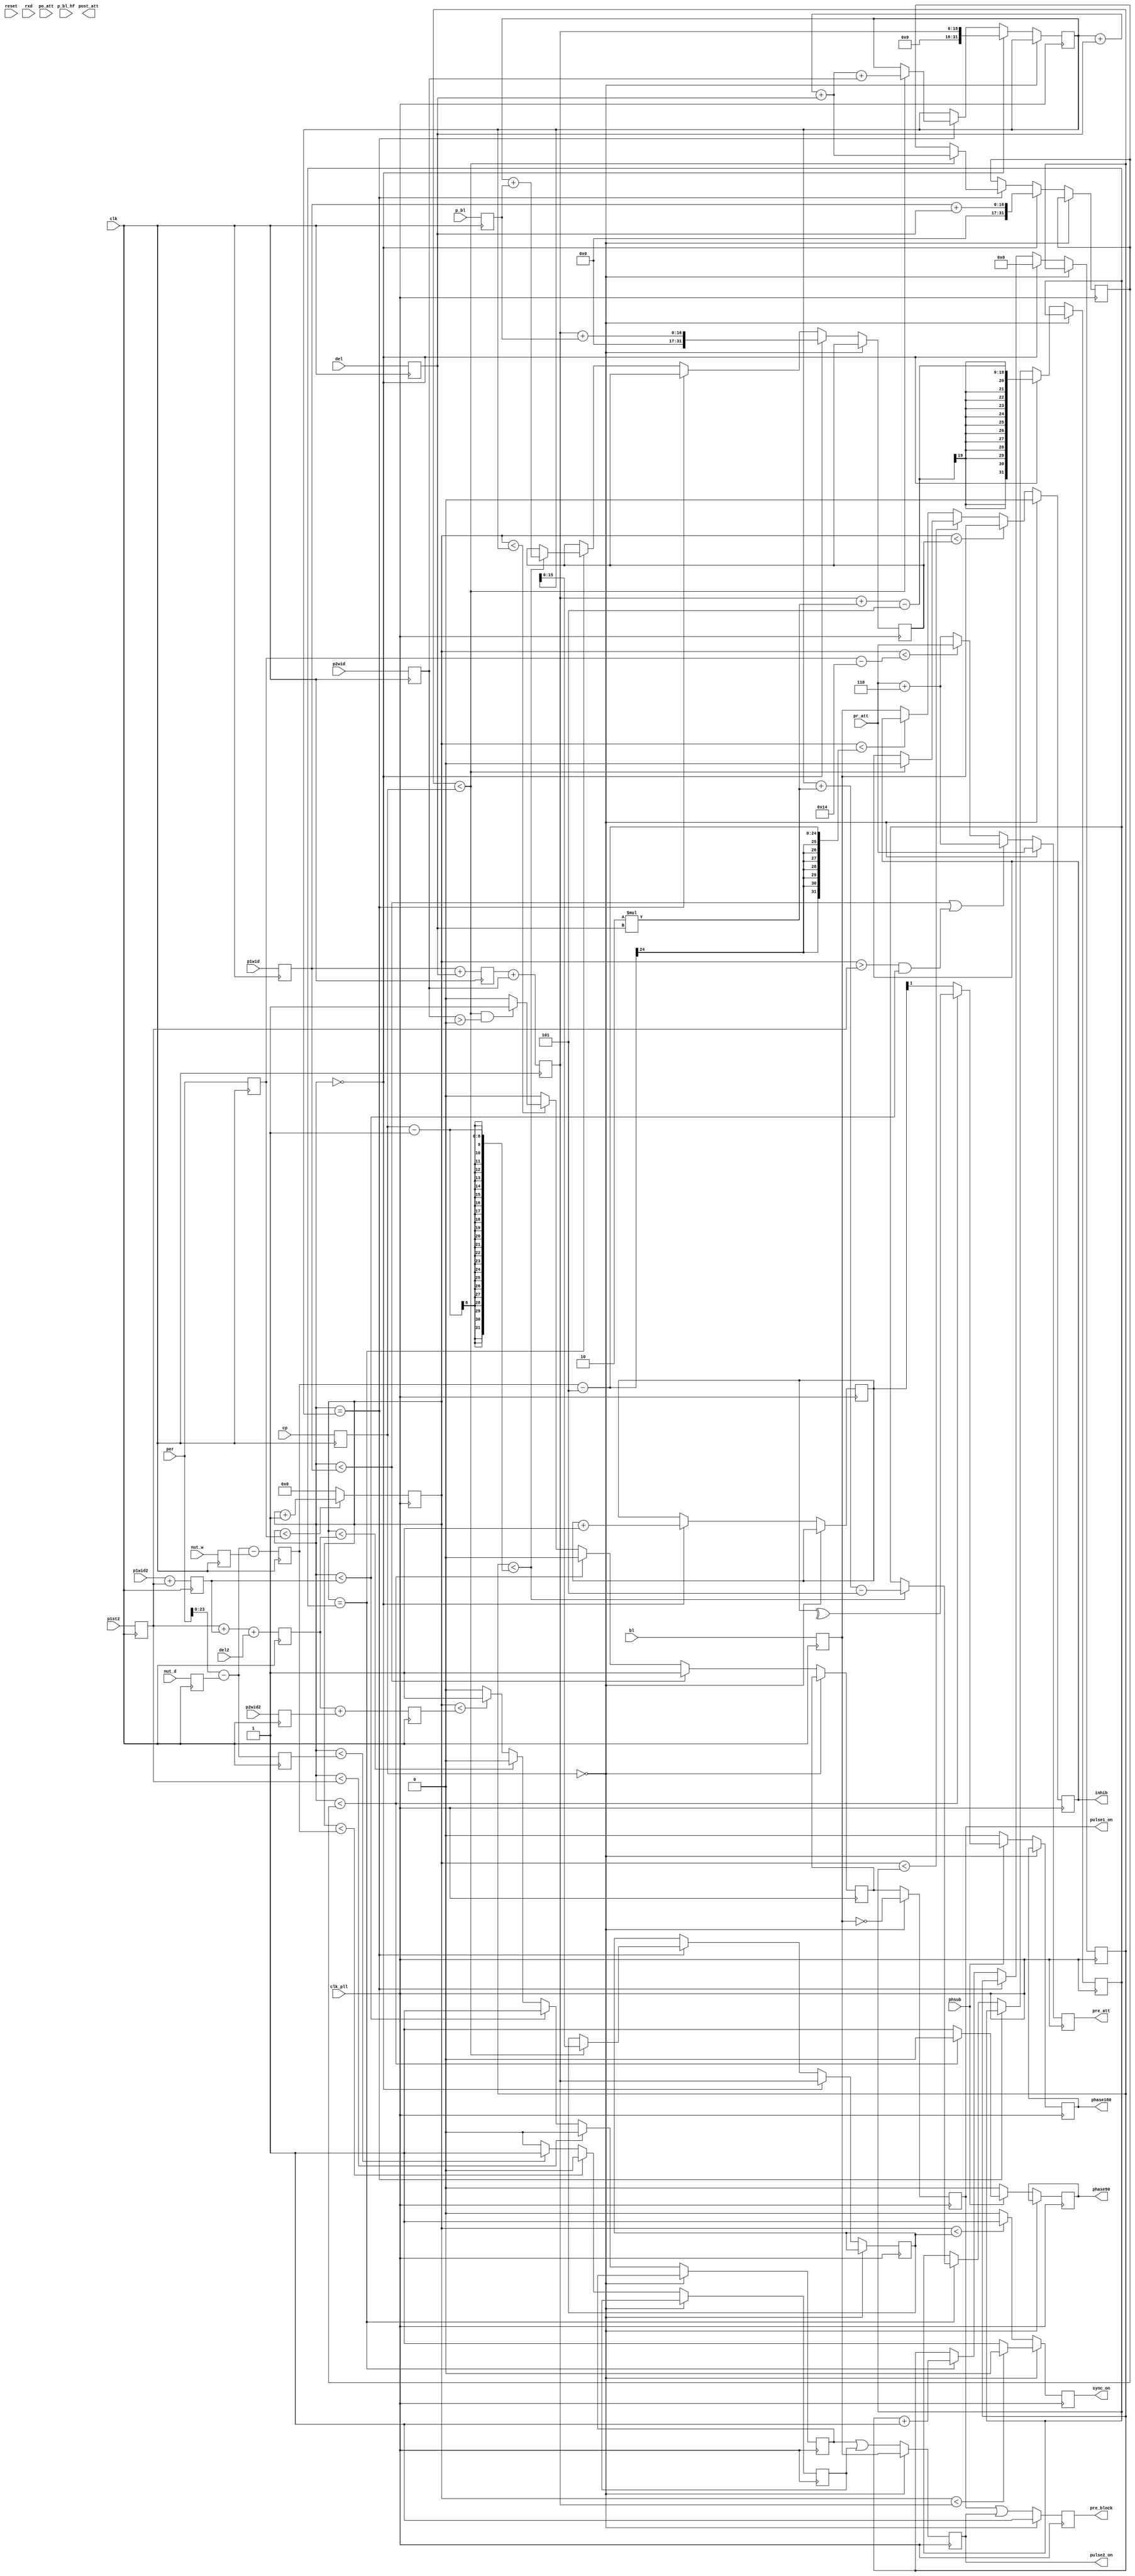
module pulses(
	      /* This module sets up the output logic, including the pulse and block switches, the attenuator(s),
	       and the scope trigger. It needs to have two modes:

	       A CW mode, which holds both switches open, and outputs a trigger for the scope and the SynthHD.
	       This mode is chosen by setting the 'mode' input to 0.
	       Inputs are 'period', 'pre_att', and 'post_att'.

	       A pulsed mode, which opens the pulse switch to chop the pulses up, closes the block switch for
	       only the period after each pi pulse where we expect the echo to be (if blocking is on).
	       This mode is chosen by setting the 'mode' input to a nonzero value, denoting the number of pi pulses.
	       If 'mode' is 1, a Hahn echo is taken, otherwise it's CPMG. 
	       Inputs are 'pum
	       */
	      input 	   clk, //The 50 MHz clock
	      input 	   clk_pll, // The 200 MHz clock
	      input 	   reset, // Used only in simulation
	      input [31:0] per, //Period
	      input [15:0] p1wid, //Width of pulse 1
	      input [15:0] del, //Delay between pulses
	      input [15:0] p2wid, //Width of pulse 2/cpmg pulses
	      input [15:0] p1wid2,
	      input [15:0] del2,
	      input [15:0] p2wid2,
	      input [15:0] p1st2,
	      input [7:0]  nut_w, //Width of nutation pulse
	      input [15:0] nut_d, //Nutation pulse delay - ends this many cycles before new period starts
	      input [6:0]  pr_att,
	      input [6:0]  po_att,
	      input [7:0]  cp, //CPMG settting: 0 for CW, 1 for Hahn echo, N>1 for CPMG with N pulses
	      input [7:0]  p_bl, //start of block open after pulses
	      input [15:0] p_bl_hf, //half of pulse_block
	      input 	   bl,
	      input 	   phsub, 
	      input 	   rxd,
	      output 	   sync_on, // Wire for scope trigger pulse
	      output 	   pulse1_on, // Wire for switch pulse
	      output 	   pulse2_on, 
	      output [6:0] pre_att, // Wires for main attenuator
	      output [6:0] post_att, // Wires for second attenuator
	      output 	   pre_block,
	      output 	   phase90,
	      output 	   phase180,
	      output 	   inhib // Wire for blocking switch pulse
	      );

   reg [31:0] 		   counter = 32'd0; // 32-bit for times up to 21 seconds
   reg 			   sync;
   reg 			   pulse; //overall output - is 1 if pulses or nut_pulse is 1
   reg 			   pulses; //pulse register
   reg 			   pulse2;
   reg 			   pulse2s;
   reg 			   nut_pulse; //nutation pulse register
   reg [6:0] 		   pre_att_val;
   reg [6:0] 		   post_att_val;
   reg 			   pr_inh;
   reg 			   inh;
   reg 			   rec = 0;
   reg 			   cw = 0;
   reg 			   ph90;
   reg 			   ph180;
   reg [1:0] 		   pcounter = 2'd0;
   
   // Running at a 201-MHz clock, our time step is ~5 (4.975) ns.
   // All the times are thus divided by 4.975 ns to get cycles.
   // 32-bit allows times up to 21 seconds
   
   reg [31:0] 		   period = 10000;
   reg [15:0] 		   p1width;
   reg [15:0] 		   delay;
   reg [15:0] 		   p2width;
   reg [15:0] 		   p1width2;
   reg [15:0] 		   p2width2;
   reg [15:0] 		   p1start2;
   reg [15:0] 		   p2start2;
   reg [15:0] 		   p2stop2;
   reg [7:0] 		   pulse_block;
   reg [15:0] 		   pulse_block_half;
   reg [7:0] 		   cpmg;
   reg 			   block;
   reg 			   phase_sub; 			   
   reg 			   rx_done;
   
   reg [15:0] 		   p2start;
   reg [15:0] 		   sdown;
   reg [15:0] 		   sync_down;
   reg [15:0] 		   block_off;
   reg [15:0] 		   block_on;

   reg [7:0] 		   nutation_pulse_width;
   reg [15:0] 		   nutation_pulse_delay;
   reg [23:0] 		   nutation_pulse_start;
   reg [23:0] 		   nutation_pulse_stop;

   reg [7:0] 		   ccount = 0; // Which pi pulse are we on right now
   reg [31:0] 		   cdelay = 1000; // What is the time of the next pi pulse beginning
   reg [31:0] 		   cpulse; // What is the time of the next pi pulse ending
   reg [31:0] 		   cblock_delay; // When to stop blocking before the next return signal
   reg [31:0] 		   cblock_on; // When to start blocking after the next return signal

   reg [1:0] 		   xfer_bits = 1;
   
   assign sync_on = sync; // The scope trigger pulse
   assign pulse1_on = pulse; // The switch pulse
   assign pulse2_on = pulse2; // The switch pulse
   assign pre_att = pre_att_val; // The main attenuator control
   assign post_att = post_att_val; // The second attenuator control
   assign pre_block = pr_inh; // The input blocking pulse (to completely squelch leakage)
   assign inhib = inh; // The blocking switch pulse
   assign phase90 = ph90; // The 90 degree phase shifter
   assign phase180 = ph180; // The 180 degree phase shifter

   
   //In order to improve timing on clk_pll, do everything possible on slower clk block
   //Since clk is 50 MHz and clk_pll is 200 MHz (even multiple), hopefully should reduce problems with two blocks being out of sync
   always @(posedge clk) begin
      period  <= per;
      p1width <= p1wid;
      p2width <= p2wid;
      p2width2 <= p2wid2;
      p1start2 <= p1st2;
      delay <= del;
      nutation_pulse_delay <= nut_d;
      nutation_pulse_width <= nut_w;
      pulse_block <= p_bl;
      pulse_block_half <= p_bl_hf;
      cpmg <= cp;
      block <= bl;
      phase_sub <= phsub;
      
      //Calculate these values here, since they only change when their components are updated - better for timing
      p2start <= p1width + delay;
      p1width2 <= p1wid2 + p1start2;
      p2start2 <= p1start2 + p1width2 + del2;
      p2stop2 <= p2start2 + p2width2;
      sdown <= p2start + p2width;// + 10;
      block_off <= sdown + pulse_block;
      block_on <= period - 10;
      nutation_pulse_start <= per - nutation_pulse_delay - nutation_pulse_width;
      nutation_pulse_stop <= per - nutation_pulse_delay;
      
      //Improves clk_pll timing, though not implemented exactly the same as in HX8K code due to presence of CPMG logic changing things
      cw <= (cpmg > 0) ? 0 : 1;
      
   end
   
   /* The main loops runs on the 200 MHz PLL clock.
    */
   always @(posedge clk_pll) begin
	 //Calculate nutation pulse and regular pulses separately, then combine them later, to improve timing
	 //If nutation pulse is not needed, can just set its width to 0
	 case (cpmg)
	   0 : begin //cpmg=0 : CW (switch always open)
	      pulse <= !block;
	      pulse2 <= block;
	      sync <= (counter < sdown) ? 0 : 1;
	      inh <= 0;
	      pr_inh <= 1;
	      pre_att_val <= pr_att;
	      
	   end
	   default : begin //cpmg > 1 : CPMG with # pulses given by value of cpmg
 	      sync <= (counter < sync_down) ? 1 : 0; //Leave sync on until sync_down (end of pulses)

	      pulses <= (counter < p1width) ? 1 :// Switch pulse goes up before p1width
			((counter < cdelay) ? 0 : //Then down (if cw mode not on) before p2start
			 ((counter < cpulse) ? (((ccount < cpmg) && (p2width > 0)) ? 1 : 0) : 0));
	      
 	      inh <= (counter < cblock_delay) ? block :
		     ((counter < cblock_on) ? ((ccount < cpmg) ? 0 : inh) :
 		      ((counter < (nutation_pulse_start-5)) ? inh : block));
	      
 	      nut_pulse <= (counter < nutation_pulse_start) ? 0 :
			   ((counter < nutation_pulse_stop) ? 1 : 0);

	      pulse2s <= (counter < p1start2) ? 0 :
      			 ((counter < p1width2) ? 1 :
      			  ((counter < p2start2) ? 0 :
      			   ((counter < p2stop2) ? 1 : 0)));

	      pre_att_val <= (counter < p1width | (counter > p1start2 && counter < p1width2)) ? pr_att+6 :
				 ((counter < (period-20)) ? pr_att : pr_att+6);

	      ph90 <= phsub ? ((counter < cdelay) ? 0 : 1) : 0;
	      ph180 <= phsub ? ((counter < cdelay) ? ^pcounter : pcounter[1]) : 0;
	      

	      case (counter) //case blocks generally seem to be faster than if-else, from what I've seen
		0: begin //at 0, turn on sync, pulses, and block, then calculate initial values of time markers
		   sync_down <= sdown;

		   cdelay <= p1width + delay; //start of first CPMG pulse after initial pulse
		   cpulse <= sdown; //end of first CPMG pulse
		   cblock_delay <= sdown + pulse_block; //start of first block open 
		   cblock_on <= sdown + 2*delay-5; //end of first block open
		   ccount <= 0;
		   pcounter <= pcounter + 1;
		end // case: 0

		cpulse: begin		 
		   if (ccount < cpmg) begin //if we have not yet reached the last pulse, set pulses to 0 and recalculate time marker values
		      cdelay <= cpulse + delay + delay; //start of next pulse = current place + 2*delay
		      cpulse <= cpulse + delay + delay + p2width; //end of next pulse = current place + 2*delay + width of next pulse
		      sync_down <= cpulse;
		      
		   end
		   // else begin
		   //    sync <= 0;
		   //    end
		   
		end //case: cpulse

		cblock_on: begin
		   if (ccount < (cpmg-1)) begin //if we have not reached the last pulse, close block and recalculate block marker values
		      
		      cblock_delay <= cpulse + pulse_block; //start of next open period = end of next pulse + block delay
		      cblock_on <= cpulse + 2*delay-5; //end of next open period = end of next pulse + block off
		      
		   end
		   ccount <= ccount + 1;
		end //case: cblock_on
		
	      endcase // case (counter)
	      pulse <= pulses;// | nut_pulse;
	      pulse2 <= pulse2s | nut_pulse;
	      pr_inh <= pulse | pulse2;
	   end
	 endcase
	 counter <= (counter < period) ? counter + 1 : 0; // Increment the counter until it reaches the period   

   end // always @ (posedge clk_pll)
endmodule // pulses